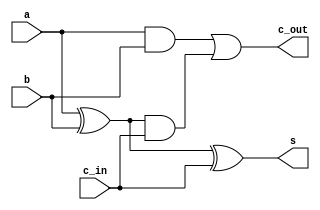
`timescale 1ns / 1ps
//////////////////////////////////////////////////////////////////////////////////
// Company: 
// Engineer: 
// 
// Design Name: 
// Module Name:    fa 
// Project Name: 
// Target Devices: 
// Tool versions: 
// Description: 
//
// Dependencies: 
//
// Revision: 
// Revision 0.01 - File Created
// Additional Comments: 
//
//////////////////////////////////////////////////////////////////////////////////
module fa(
    input a,
    input b,
    input c_in,
    output s,
    output c_out
    );
wire t1,t2,t3;
xor x1(t1,a,b);
xor x2(s,t1,c_in);
and a1(t2,a,b);
and a2(t3,t1,c_in);
or o1(c_out,t2,t3);
endmodule